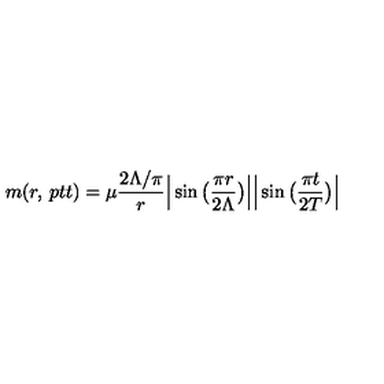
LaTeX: m ( r , { \kern 2 p t } t ) = \mu \frac { 2 \Lambda / \pi } { r } \Big | \sin \big ( \frac { \pi r } { 2 \Lambda } \big ) \Big | \Big | \sin \big ( \frac { \pi t } { 2 T } \big ) \Big |